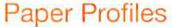
Paper Profiles